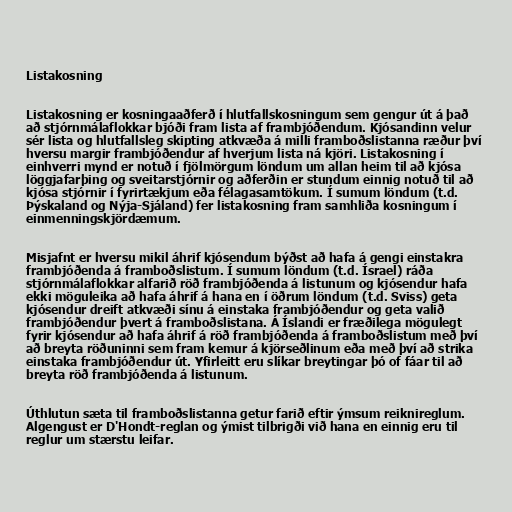
Listakosning

Listakosning er kosningaaðferð í hlutfallskosningum sem gengur út á það
að stjórnmálaflokkar bjóði fram lista af frambjóðendum. Kjósandinn velur
sér lista og hlutfallsleg skipting atkvæða á milli framboðslistanna ræður því
hversu margir frambjóðendur af hverjum lista ná kjöri. Listakosning í
einhverri mynd er notuð í fjölmörgum löndum um allan heim til að kjósa
löggjafarþing og sveitarstjórnir og aðferðin er stundum einnig notuð til að
kjósa stjórnir í fyrirtækjum eða félagasamtökum. Í sumum löndum (t.d.
Þýskaland og Nýja-Sjáland) fer listakosning fram samhliða kosningum í
einmenningskjördæmum.

Misjafnt er hversu mikil áhrif kjósendum býðst að hafa á gengi einstakra
frambjóðenda á framboðslistum. Í sumum löndum (t.d. Ísrael) ráða
stjórnmálaflokkar alfarið röð frambjóðenda á listunum og kjósendur hafa
ekki möguleika að hafa áhrif á hana en í öðrum löndum (t.d. Sviss) geta
kjósendur dreift atkvæði sínu á einstaka frambjóðendur og geta valið
frambjóðendur þvert á framboðslistana. Á Íslandi er fræðilega mögulegt
fyrir kjósendur að hafa áhrif á röð frambjóðenda á framboðslistum með því
að breyta röðuninni sem fram kemur á kjörseðlinum eða með því að strika
einstaka frambjóðendur út. Yfirleitt eru slíkar breytingar þó of fáar til að
breyta röð frambjóðenda á listunum.

Úthlutun sæta til framboðslistanna getur farið eftir ýmsum reiknireglum.
Algengust er D'Hondt-reglan og ýmist tilbrigði við hana en einnig eru til
reglur um stærstu leifar.